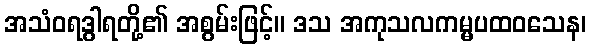
အသံဝရဒွါရတို့၏ အစွမ်းဖြင့်။ ဒသ အကုသလကမ္မပထဝသေန၊